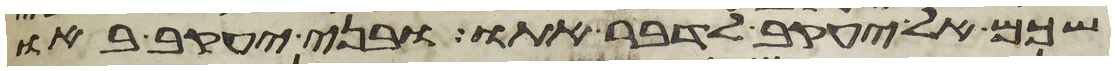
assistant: שכם אל יעקב לדבר אתו ובני יעקב באו